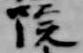
院